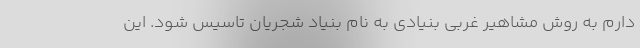
دارم به روش مشاهیر غربی بنیادی به نام بنیاد شجریان تاسیس شود. این